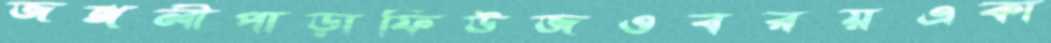
জঙ্গলীপাড়াফিউজওবরয়একা